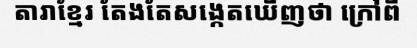
តារាខ្មែរ តែងតែសង្កេតឃើញថា ក្រៅពី